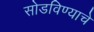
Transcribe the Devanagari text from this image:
सोडविण्‍याचे